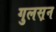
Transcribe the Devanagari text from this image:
गुलस़न